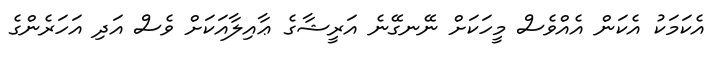
އެކަމަކު އެކަން އެއްވެސް މީހަކަށް ނޭނގޭނެ އަރީޝާގެ ޢާއިލާއަކަށް ވެސް އަދި އަހަރެންގެ